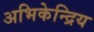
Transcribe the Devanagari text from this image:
अभिकेन्द्रिय